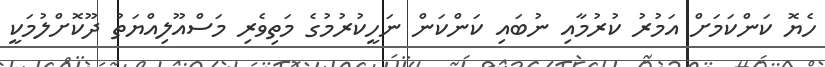
ހެޔޮ ކަންކަމަށް އަމުރު ކުރުމާއި ނުބައި ކަންކަން ނަހީކުރުމުގެ މަތިވެރި މަސްއޫލިއްޔަތު ދޫކޮށްލުމަކީ